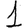
Digit: 1